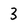
Character: 3